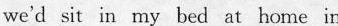
we'd sit in my bed at home in